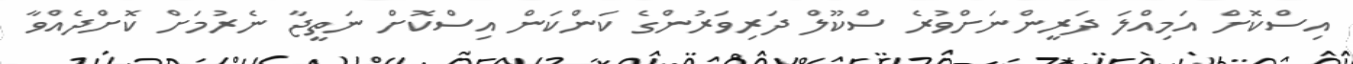
އިސްކޮށް އަމިއްލަ ދަރީންނަށްވުރެ ސްކޫލް ދަރިވަރުންގެ ކަންކަން އިސްކޮށް ނަތީޖާ ނެރުމަށް ކޮށްދެއްވާ